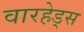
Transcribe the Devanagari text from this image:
वारहेड्स